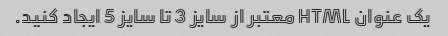
یک عنوان HTML معتبر از سایز 3 تا سایز 5 ایجاد کنید.